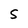
Character: s